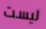
ليست